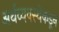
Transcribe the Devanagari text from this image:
अर्थव्यवस्थेकडून